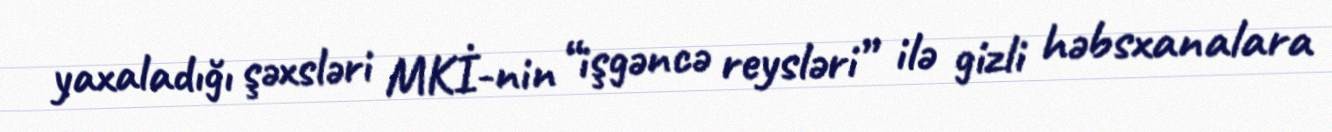
yaxaladığı şəxsləri MKİ-nin “işgəncə reysləri” ilə gizli həbsxanalara